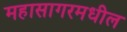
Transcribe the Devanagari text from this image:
महासागरमधील